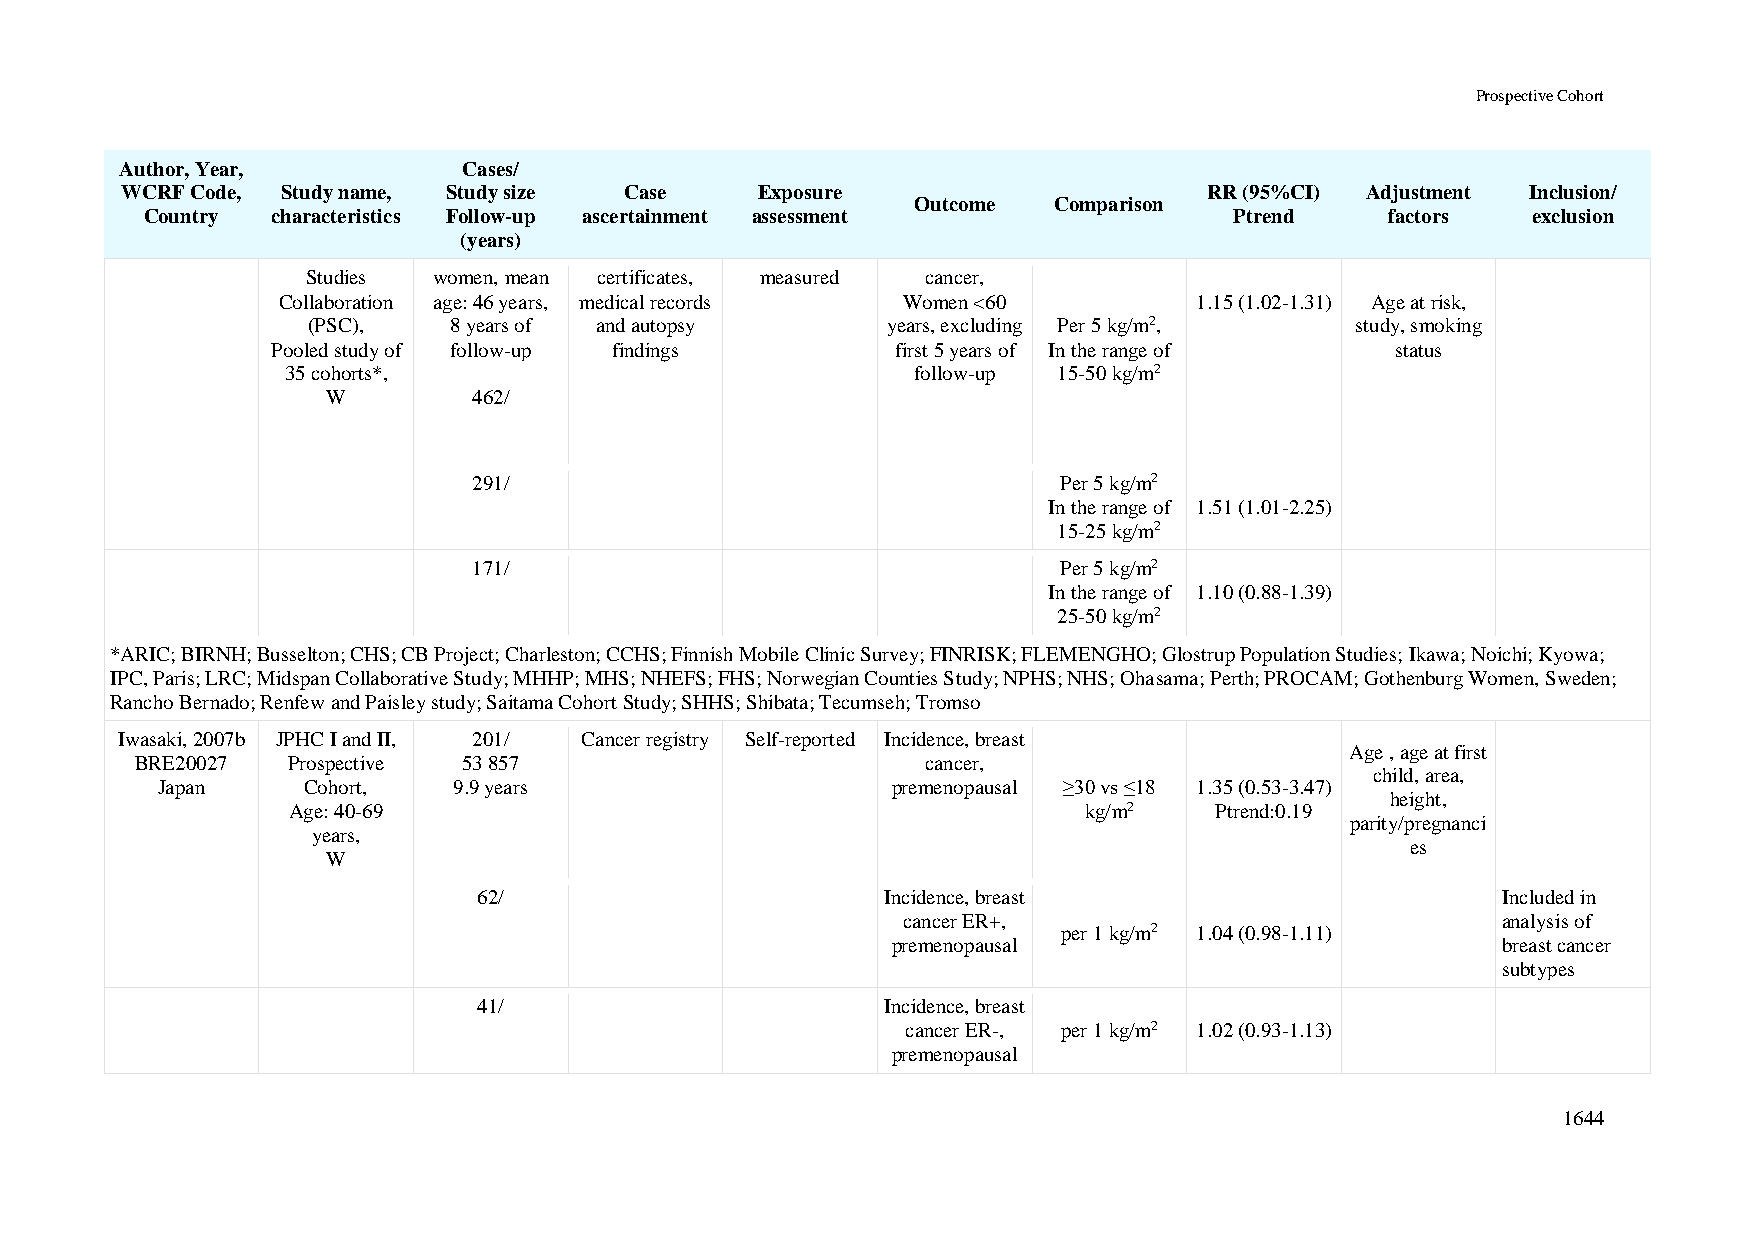
Prospective Cohort
 Author, Year,          Cases/
 WCRF Code, Study name, Study size Case    Exposure                      RR (95%CI) Adjustment Inclusion/
 Outcome  Comparison
 Country characteristics Follow-up ascertainment assessment              Ptrend    factors  exclusion
 (years)
 Studies  women, mean certificates, measured cancer,
 Collaboration age: 46 years, medical records Women <60       1.15 (1.02-1.31) Age at risk,
 (PSC),    8 years of and autopsy       years, excluding Per 5 kg/m2,  study, smoking
 Pooled study of follow-up findings       first 5 years of In the range of status
 35 cohorts*,                             follow-up 15-50 kg/m2
 W        462/
 291/                                   Per 5 kg/m2
 In the range of 1.51 (1.01-2.25)
 15-25 kg/m2
 171/                                   Per 5 kg/m2
 In the range of 1.10 (0.88-1.39)
 25-50 kg/m2
 *ARIC; BIRNH; Busselton; CHS; CB Project; Charleston; CCHS; Finnish Mobile Clinic Survey; FINRISK; FLEMENGHO; Glostrup Population Studies; Ikawa; Noichi; Kyowa;
 IPC, Paris; LRC; Midspan Collaborative Study; MHHP; MHS; NHEFS; FHS; Norwegian Counties Study; NPHS; NHS; Ohasama; Perth; PROCAM; Gothenburg Women, Sweden;
 Rancho Bernado; Renfew and Paisley study; Saitama Cohort Study; SHHS; Shibata; Tecumseh; Tromso
 Iwasaki, 2007b JPHC I and II, 201/ Cancer registry Self-reported Incidence, breast
 Age , age at first
 BRE20027  Prospective 53 857                        cancer,
 child, area,
 Japan     Cohort,   9.9 years                    premenopausal ≥30 vs ≤18 1.35 (0.53-3.47)
 height,
 Age: 40-69                                           kg/m2   Ptrend:0.19
 parity/pregnanci
 years,
 es
 W
 62/                        Incidence, breast                       Included in
 cancer ER+,                            analysis of
 per 1 kg/m2 1.04 (0.98-1.11)
 premenopausal                           breast cancer
 subtypes
 41/                        Incidence, breast
 cancer ER-, per 1 kg/m2 1.02 (0.93-1.13)
 premenopausal
 1644